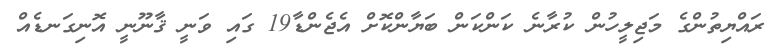
ރައްޔިތުންގެ މަޖިލީހުން ކުރާނެ ކަންކަން ބަޔާންކޮށް އެޖެންޑާ19 ގައި ވަނީ ޤާނޫނީ އޮނިގަނޑެއް